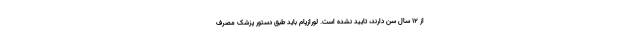
از 12 سال سن دارند، تایید نشده است. لورازپام باید طبق دستور پزشک مصرف